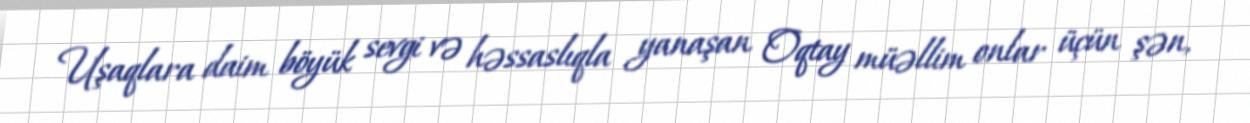
Uşaqlara daim böyük sevgi və həssaslıqla yanaşan Oqtay müəllim onlar üçün şən,